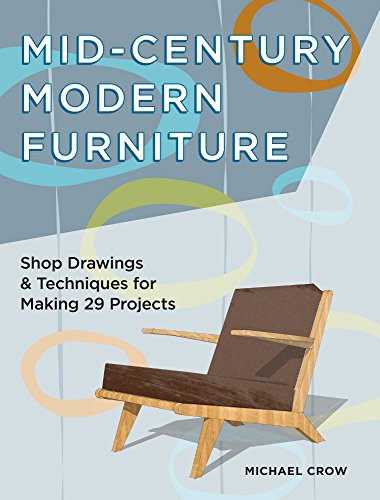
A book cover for Mid-Century Modern Furniture: Shop Drawings & Techniques for Making 29 Projects; Michael Crow; Crafts, Hobbies & Home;